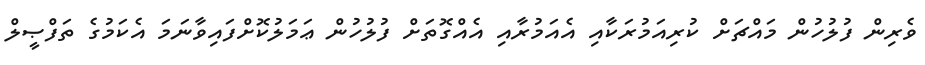
ވެރިން ފުލުހުން މައްޗަށް ކުރިއަމުރަކާއި އެއަމުރާއި އެއްގޮތަށް ފުލުހުން ޢަމަލުކޮށްފައިވާނަމަ އެކަމުގެ ތަފްޞީލް